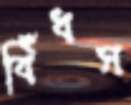
বিঁধস